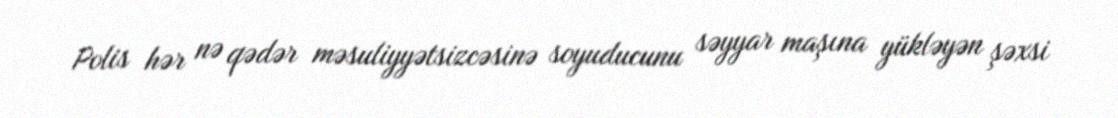
Polis hər nə qədər məsuliyyətsizcəsinə soyuducunu səyyar maşına yükləyən şəxsi